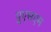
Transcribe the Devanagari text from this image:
युएसएम